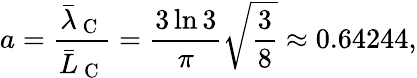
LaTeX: a=\frac{\bar{\lambda}_{\mathrm{~C~}}}{\bar{L}_{\mathrm{~C~}}}=\frac{3\ln 3}{\pi}\sqrt{\frac{3}{8}}\approx 0.64244,